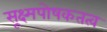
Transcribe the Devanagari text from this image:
सूक्ष्मपोषकतत्व